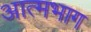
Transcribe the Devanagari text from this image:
आत्मभाग